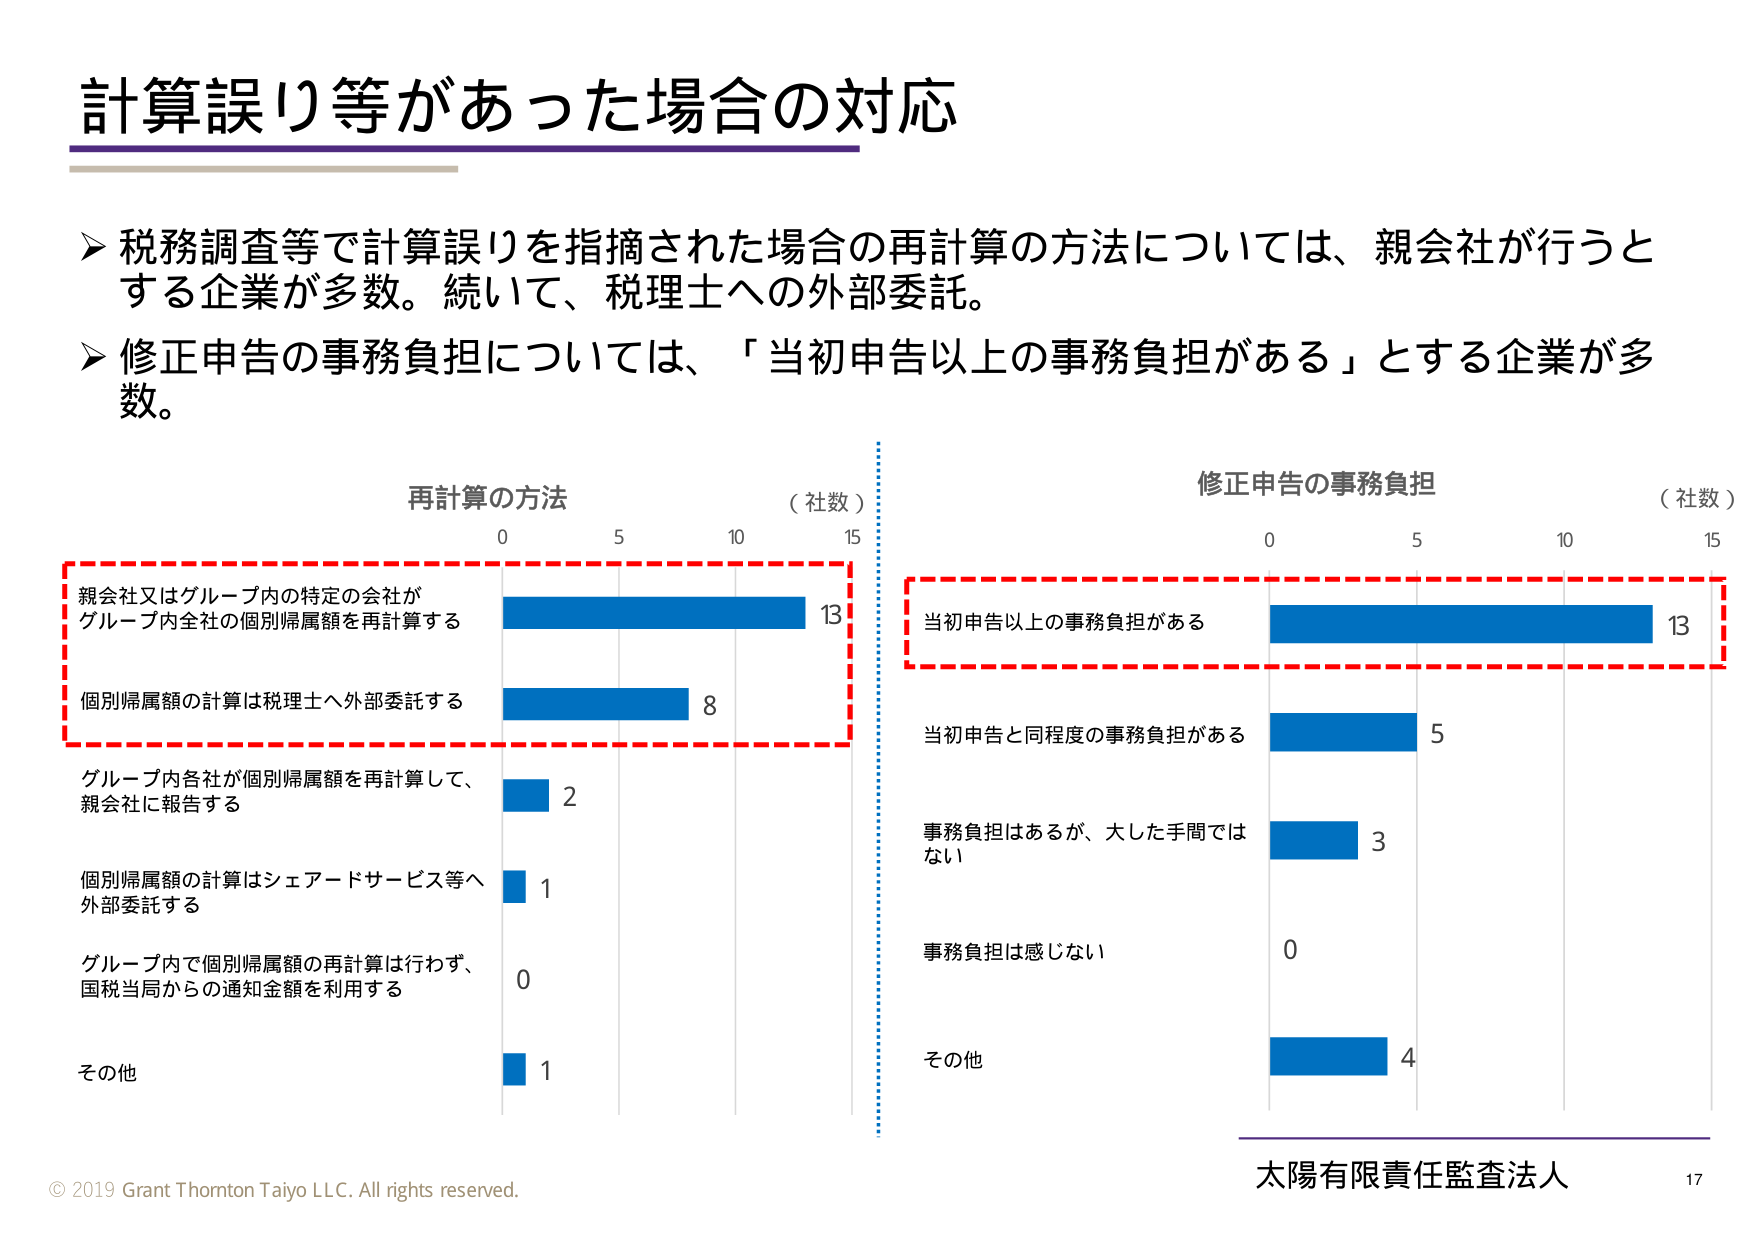
計算誤り等があった場合の対応

➤ 税務調査等で計算誤りを指摘された場合の再計算の方法については、親会社が行うとする企業が多数。続いて、税理士への外部委託。

➤ 修正申告の事務負担については、「当初申告以上の事務負担がある」とする企業が多数。

再計算の方法 （社数）
親会社又はグループ内の特定の会社が
グループ内全社の個別帰属額を再計算する 13
個別帰属額の計算は税理士へ外部委託する 8
グループ内各社が個別帰属額を再計算して、
親会社に報告する 2
個別帰属額の計算はシェアードサービス等へ
外部委託する 1
グループ内で個別帰属額の再計算は行わず、
国税当局からの通知金額を利用する 0
その他 1

修正申告の事務負担 （社数）
当初申告以上の事務負担がある 13
当初申告と同程度の事務負担がある 5
事務負担はあるが、大した手間ではない 3
事務負担は感じない 0
その他 4

© 2019 Grant Thornton Taiyo LLC. All rights reserved.
太陽有限責任監査法人 17